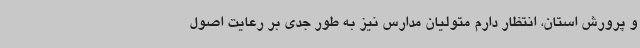
و پرورش استان، انتظار دارم متولیان مدارس نیز به طور جدی بر رعایت اصول